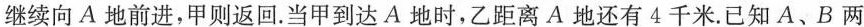
继续向A地前进，甲则返回。当甲到达A地时，乙距离A地还有4千米。已知A、B两